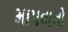
માપવાનો